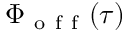
\Phi _ { \mathrm { ~ o ~ f ~ f ~ } } ( \tau )